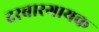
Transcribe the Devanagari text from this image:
दरबारगायक